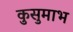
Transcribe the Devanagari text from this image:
कुसुमाभ